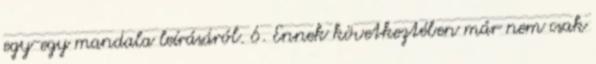
egy-egy mandala leírásáról. 6. Ennek következtében már nem csak